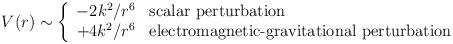
LaTeX: \begin{align*}V(r) \sim \left\{ \begin{array}{cl} -2k^2 / r^6 & \textrm{scalar perturbation} \\ +4k^2 / r^6 & \textrm{electromagnetic-gravitational perturbation} \end{array} \right.\end{align*}